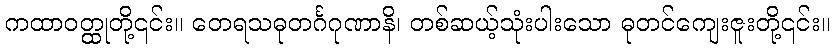
ကထာဝတ္ထုတို့၎င်း။ တေရသဓုတင်္ဂဂုဏာနိ၊ တစ်ဆယ့်သုံးပါးသော ဓုတင်ကျေးဇူးတို့၎င်း။